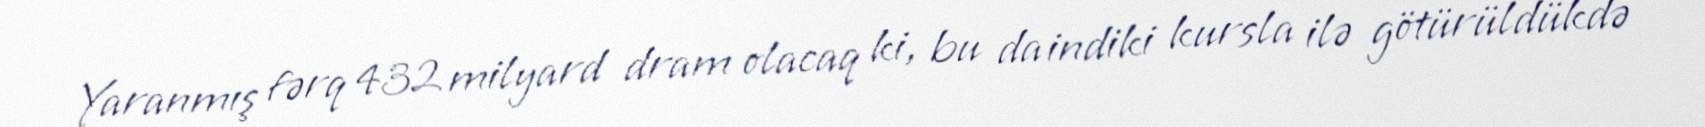
Yaranmış fərq 432 milyard dram olacaq ki, bu da indiki kursla ilə götürüldükdə